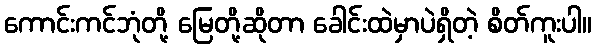
ကောင်းကင်ဘုံတို့ မြေတို့ဆိုတာ ခေါင်းထဲမှာပဲရှိတဲ့ စိတ်ကူးပါ။